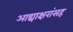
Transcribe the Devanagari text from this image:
आद्याक्षरांसह